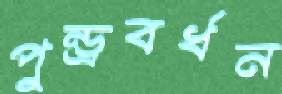
পুন্ড্রবর্ধন